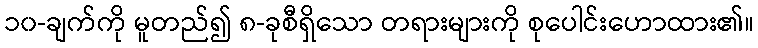
၁၀-ချက်ကို မူတည်၍ ၈-ခုစီရှိသော တရားများကို စုပေါင်းဟောထား၏။